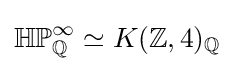
\mathbb {HP} _{\mathbb {Q} }^{\infty }\simeq K(\mathbb {Z} ,4)_{\mathbb {Q} }